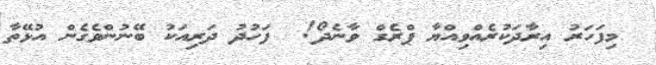
މިފަހަރު އިރާދަކުރެއްވިއްޔާ ޕްރެގް ވާނެދޯ!  ފަހުދު ދަރިއަކު ބޭނުންވެގެން އުޅޭތާ